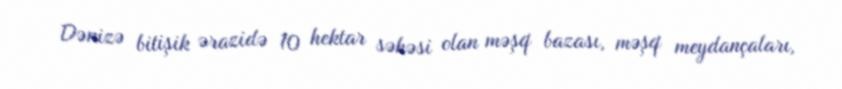
Dənizə bitişik ərazidə 10 hektar səhəsi olan məşq bazası, məşq meydançaları,